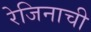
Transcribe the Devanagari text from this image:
रेजिनाची